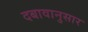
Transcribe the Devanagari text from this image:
दबावानुसार